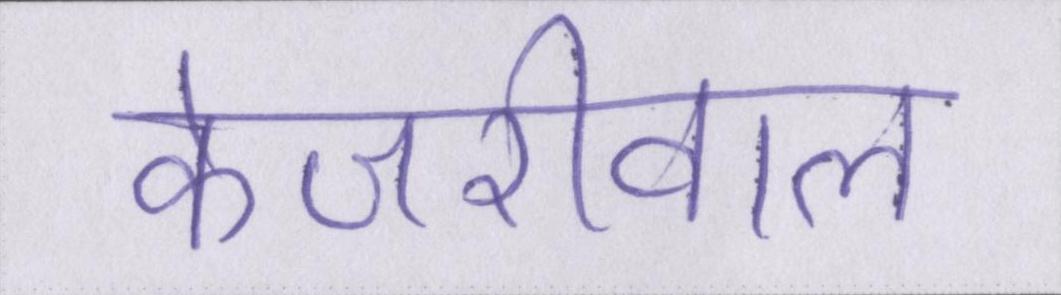
केजरीवाल